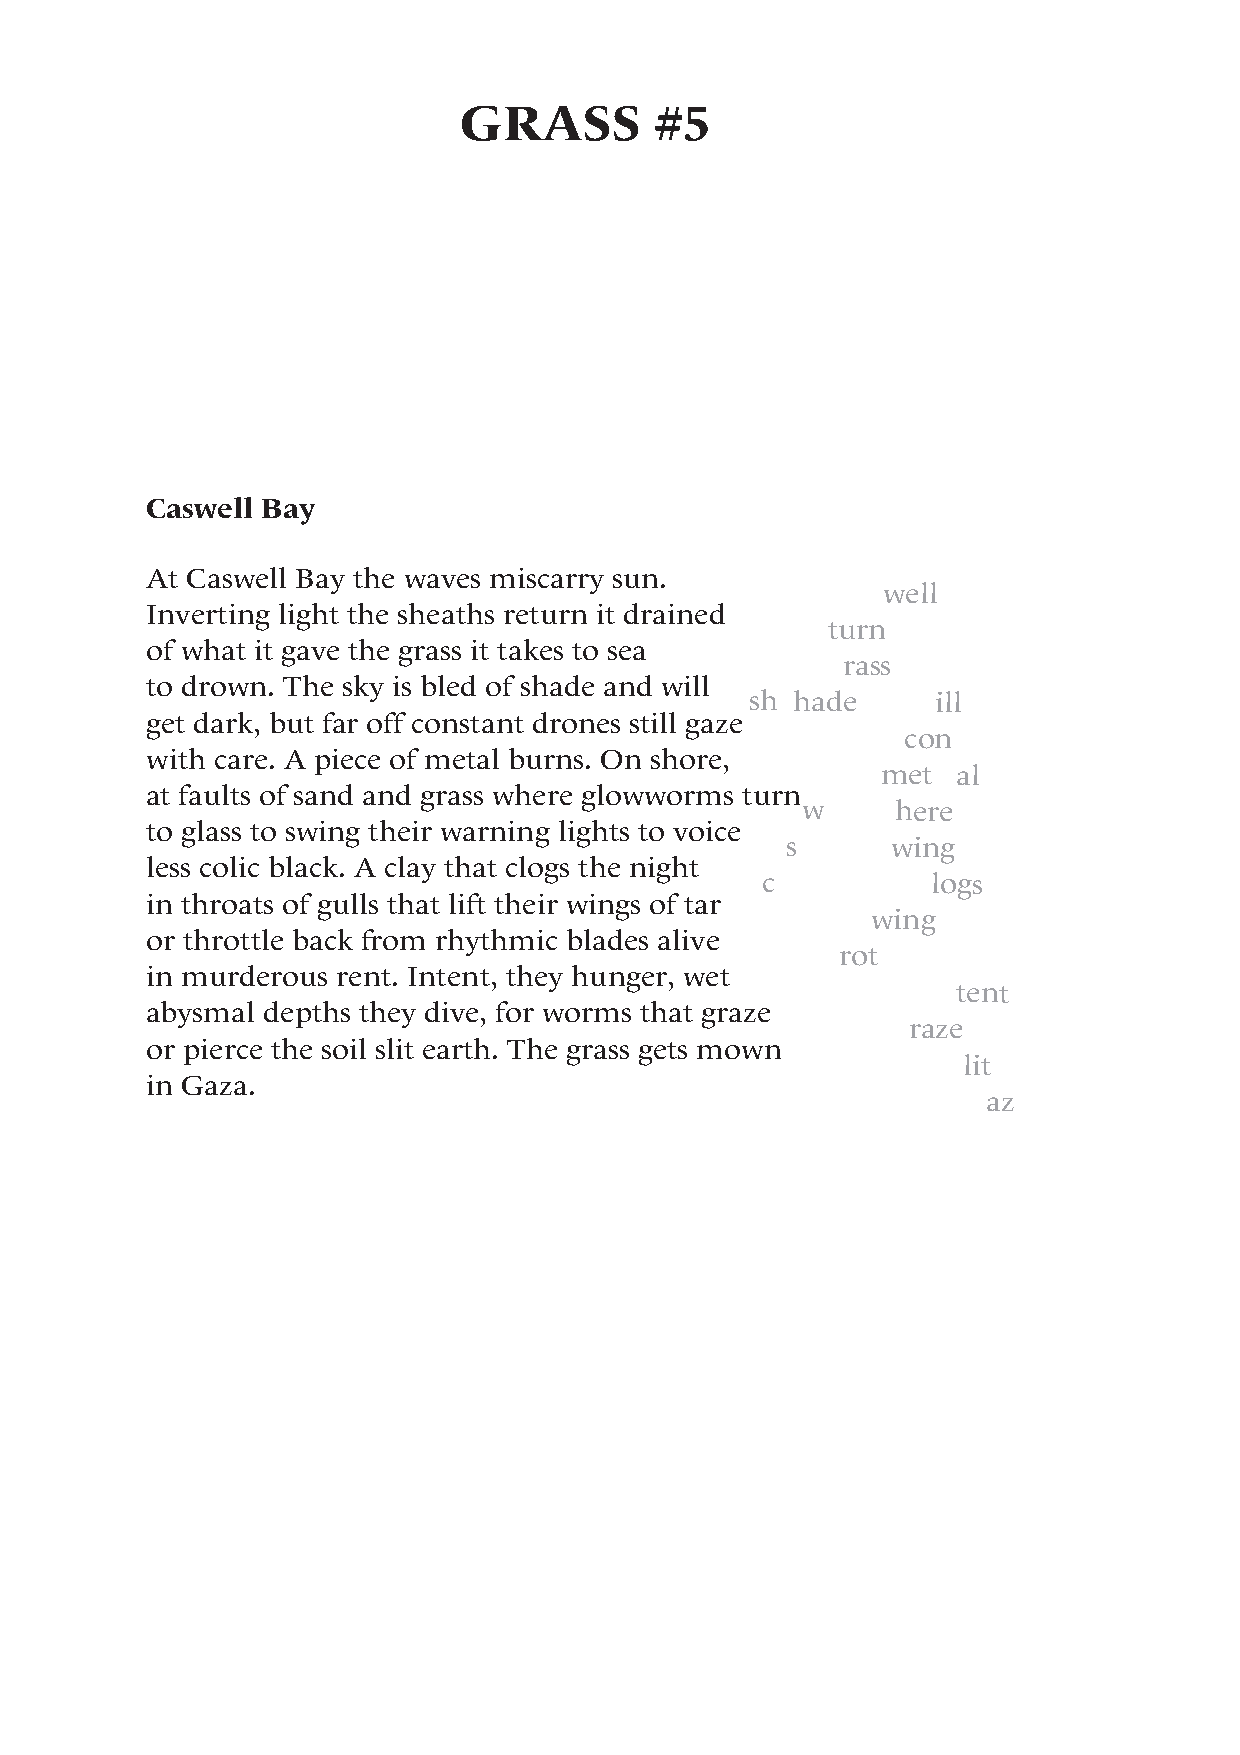
GRASS       #5
 Caswell Bay
 At Caswell Bay the waves miscarry sun.
 well
 Inverting light the sheaths return it drained
 turn
 of what it gave the grass it takes to sea
 rass
 to drown. The sky is bled of shade and will
 sh hade     ill
 get dark, but far off constant drones still gaze
 con
 with care. A piece of metal burns. On shore,
 met  al
 at faults of sand and grass where glowworms turn
 w     here
 to glass to swing their warning lights to voice
 s      wing
 less colic black. A clay that clogs the night
 c          logs
 in throats of gulls that lift their wings of tar
 wing
 or throttle back from rhythmic blades alive
 rot
 in murderous rent. Intent, they hunger, wet
 tent
 abysmal depths they dive, for worms that graze
 raze
 or pierce the soil slit earth. The grass gets mown
 lit
 in Gaza.
 az
 92